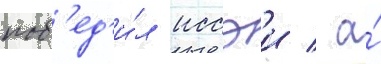
поб'ед'и́л иссэи / а́